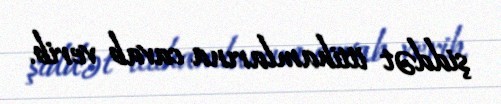
şiddət ittihamlarına cavab verib.